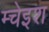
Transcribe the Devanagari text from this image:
म्चेइश